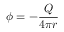
\phi = - { \frac { Q } { 4 \pi r } }